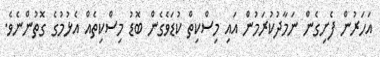
އަހަރުން ފެށިގެން ނަމާދުކުރަމުން އައި މިސްކިތް ކުޑަވެގެން ބޮޑު މިސްކިތެއް އެޅުމުގެ ގޮތުންނެވެ.